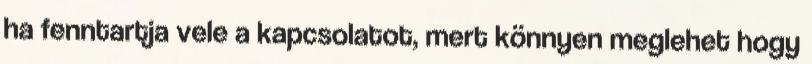
ha fenntartja vele a kapcsolatot, mert könnyen meglehet hogy